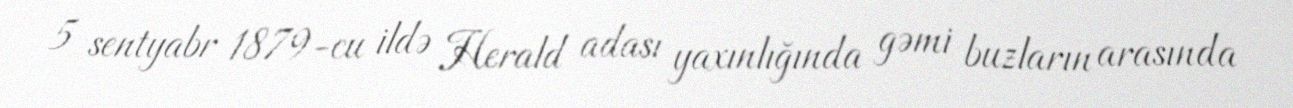
5 sentyabr 1879-cu ildə Herald adası yaxınlığında gəmi buzların arasında